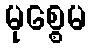
မုစ္စေမ